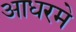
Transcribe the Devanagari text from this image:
आधरमे